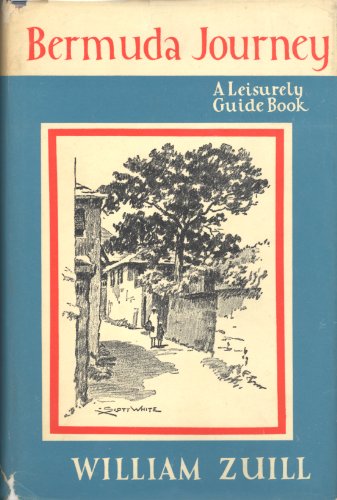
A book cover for Bermuda journey: A leisurely guidebook; W. S Zuill; Travel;